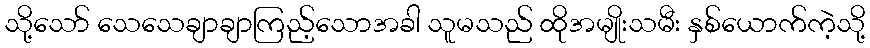
သို့သော် သေသေချာချာကြည့်သောအခါ သူမသည် ထိုအမျိုးသမီး နှစ်ယောက်ကဲ့သို့